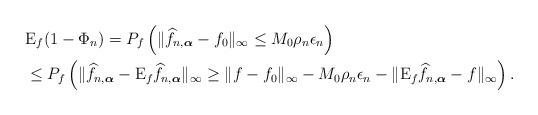
LaTeX: \begin{align*}&\mathrm{E}_f(1-\Phi_n)=P_f\left(\|\widehat{f}_{n,\boldsymbol{\alpha}}-f_0\|_\infty\leq M_0\rho_n\epsilon_n\right)\\&\leq P_f\left(\|\widehat{f}_{n,\boldsymbol{\alpha}}-\mathrm{E}_f\widehat{f}_{n,\boldsymbol{\alpha}}\|_\infty\geq\|f-f_0\|_\infty-M_0\rho_n\epsilon_n-\|\mathrm{E}_f\widehat{f}_{n,\boldsymbol{\alpha}}-f\|_\infty\right).\end{align*}